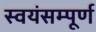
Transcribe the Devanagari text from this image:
स्वयंसम्पूर्ण